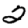
Digit: 2